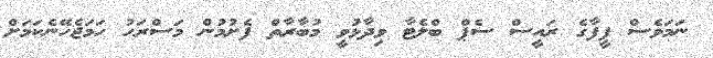
ނަމަވެސް ފީފާގެ ރައީސް ސެޕް ބްލެޓާ ވިދާޅުވީ މުބާރާތް ފެށުމުން މަސްރަހު ހަމަޖެހޭނެކަމަށް